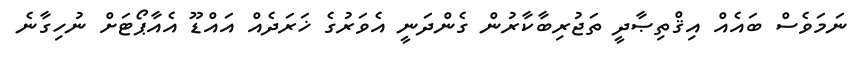
ނަމަވެސް ބައެއް އިޤްތިޞާދީ ތަޖުރިބާކާރުން ގެންދަނީ އެވަރުގެ ޚަރަދެއް އައްޑޫ އެއާޕޯޓަށް ނުހިގާނެ